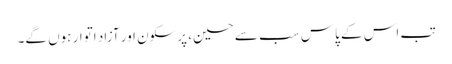
تب اس کے پاس سب سے حسین، پرسکون اور آزاد اتوار ہوں گے۔